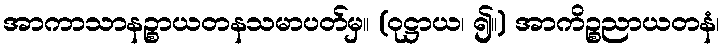
အာကာသာနဉ္စာယတနသမာပတ်မှ။ (ဝုဋ္ဌာယ၊ ၍။) အာကိဉ္စညာယတနံ၊